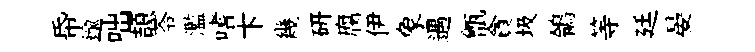
帋逾咄頡苓濫嗜卞幾硏腐伊象遇甑貪圾鴒等廷晏